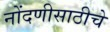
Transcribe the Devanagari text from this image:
नोंदणीसाठीचे